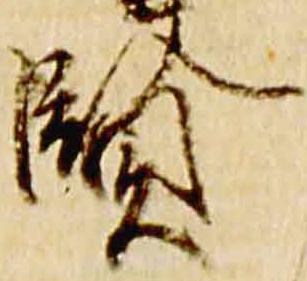
賢